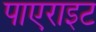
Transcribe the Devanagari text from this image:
पाएराइट